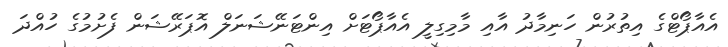
އެއާޕޯޓްގެ އިތުރުން ހަނިމާދު އާއި މާމިގިލީ އެއާޕޯޓަށް އިންޓަނޭޝަނަލް އޮޕަރޭޝަން ފެށުމުގެ ހުއްދަ